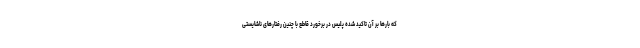
که بارها بر آن تاکید شده پلیس در برخورد قاطع با چنین رفتارهای ناشایستی